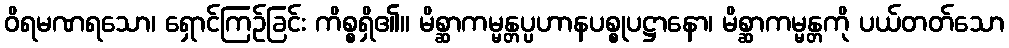
ဝိရမဏရသော၊ ရှောင်ကြဉ်ခြင်း ကိစ္စရှိ၏။ မိစ္ဆာကမ္မန္တပ္ပဟာနပစ္စုပဋ္ဌာနော၊ မိစ္ဆာကမ္မန္တကို ပယ်တတ်သော